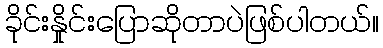
ခိုင်းနှိုင်းပြောဆိုတာပဲဖြစ်ပါတယ်။